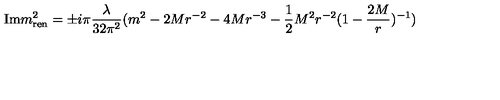
\mathrm { I m } m _ { \mathrm { r e n } } ^ { 2 } = \pm i \pi \frac { \lambda } { 3 2 \pi ^ { 2 } } ( m ^ { 2 } - 2 M r ^ { - 2 } - 4 M r ^ { - 3 } - \frac { 1 } { 2 } M ^ { 2 } r ^ { - 2 } ( 1 - \frac { 2 M } { r } ) ^ { - 1 } )